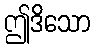
ဤဒိသော